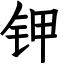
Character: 钾